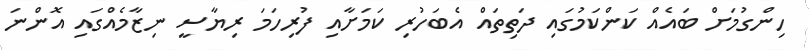
ހިންގުމަށް ބައެއް ކަންކަމުގައި ދަތިތައް އެބަހުރި ކަަމަށާއި ފުރިހަމަ ރިޔާސީ ނިޒާމެއްގައި އޮންނަ